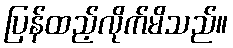
ပြန်ထည့်လိုက်မိသည်။